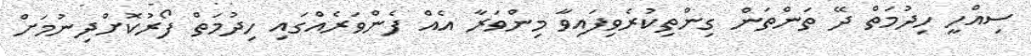
ސިއްހީ ހިދުމަތް ދޭ ތަންތަން ގިންތިކުރެވިފައިވާ މިންވަރާ އެއް ފެންވަރެއްގައި ހިދުމަތް ފޯރުކޮށްދިނުމަށް